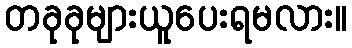
တခုခုများယူပေးရမလား။